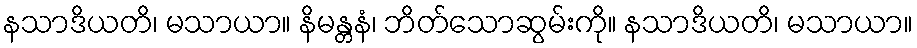
နသာဒိယတိ၊ မသာယာ။ နိမန္တနံ၊ ဘိတ်သောဆွမ်းကို။ နသာဒိယတိ၊ မသာယာ။